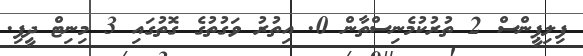
ފިލިޕީންސް 2 ތުރުކުމެނިސްތާން 0. އިތުރު ވަގުތުގެ ގޮތުގައި 3 މިނިޓް ދީފި.